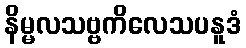
နိမ္မလသဗ္ဗကိလေသပနူဒံ